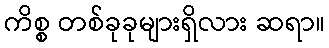
ကိစ္စ တစ်ခုခုများရှိလား ဆရာ။